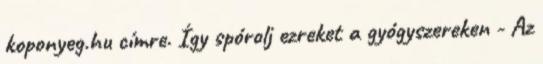
koponyeg.hu címre. Így spórolj ezreket a gyógyszereken - Az